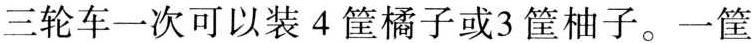
三轮车一次可以装4筐橘子或3筐柚子。一筐